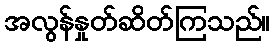
အလွန်နှုတ်ဆိတ်ကြသည်။